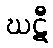
ဃဋီ